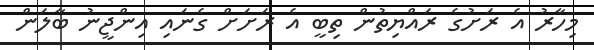
މިހާރު އެ ރަށުގެ ރައްޔިތުން ތިބީ އެ ރަށަށް ގެނައި އިންޖީނު ބާލަން